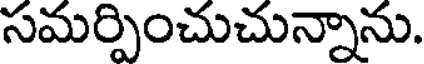
సమర్పించుచున్నాను.